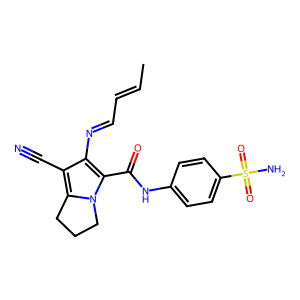
SMILES: CC=CC=Nc1c(C#N)c2n(c1C(=O)Nc1ccc(S(N)(=O)=O)cc1)CCC2
Inhibits HIV replication: No